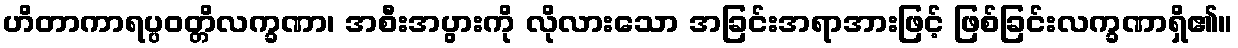
ဟိတာကာရပ္ပဝတ္တိလက္ခဏာ၊ အစီးအပွားကို လိုလားသော အခြင်းအရာအားဖြင့် ဖြစ်ခြင်းလက္ခဏာရှိ၏။